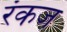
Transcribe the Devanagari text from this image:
रंकज